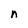
Character: n